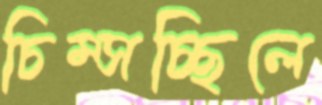
চিম্‌সচ্ছিলে